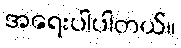
အရေးပါပါတယ်။